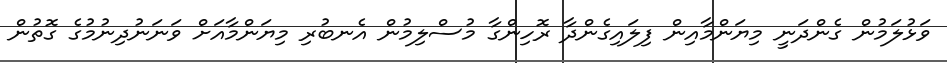
ވަޅުލަމުން ގެންދަނީ މިޔަންމާއިން ފިލައިގެންދާ ރޮހިންގާ މުސްލިމުން އެނބުރި މިޔަންމާއަށް ވަނަނުދިނުމުގެ ގޮތުން